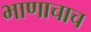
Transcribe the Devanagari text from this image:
भाणाचाच